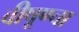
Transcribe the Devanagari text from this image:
वीषूण्चा